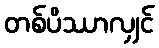
တစ်ပိဿာလျှင်